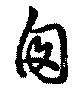
窓